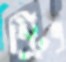
স্ট্রিং